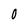
Character: 0